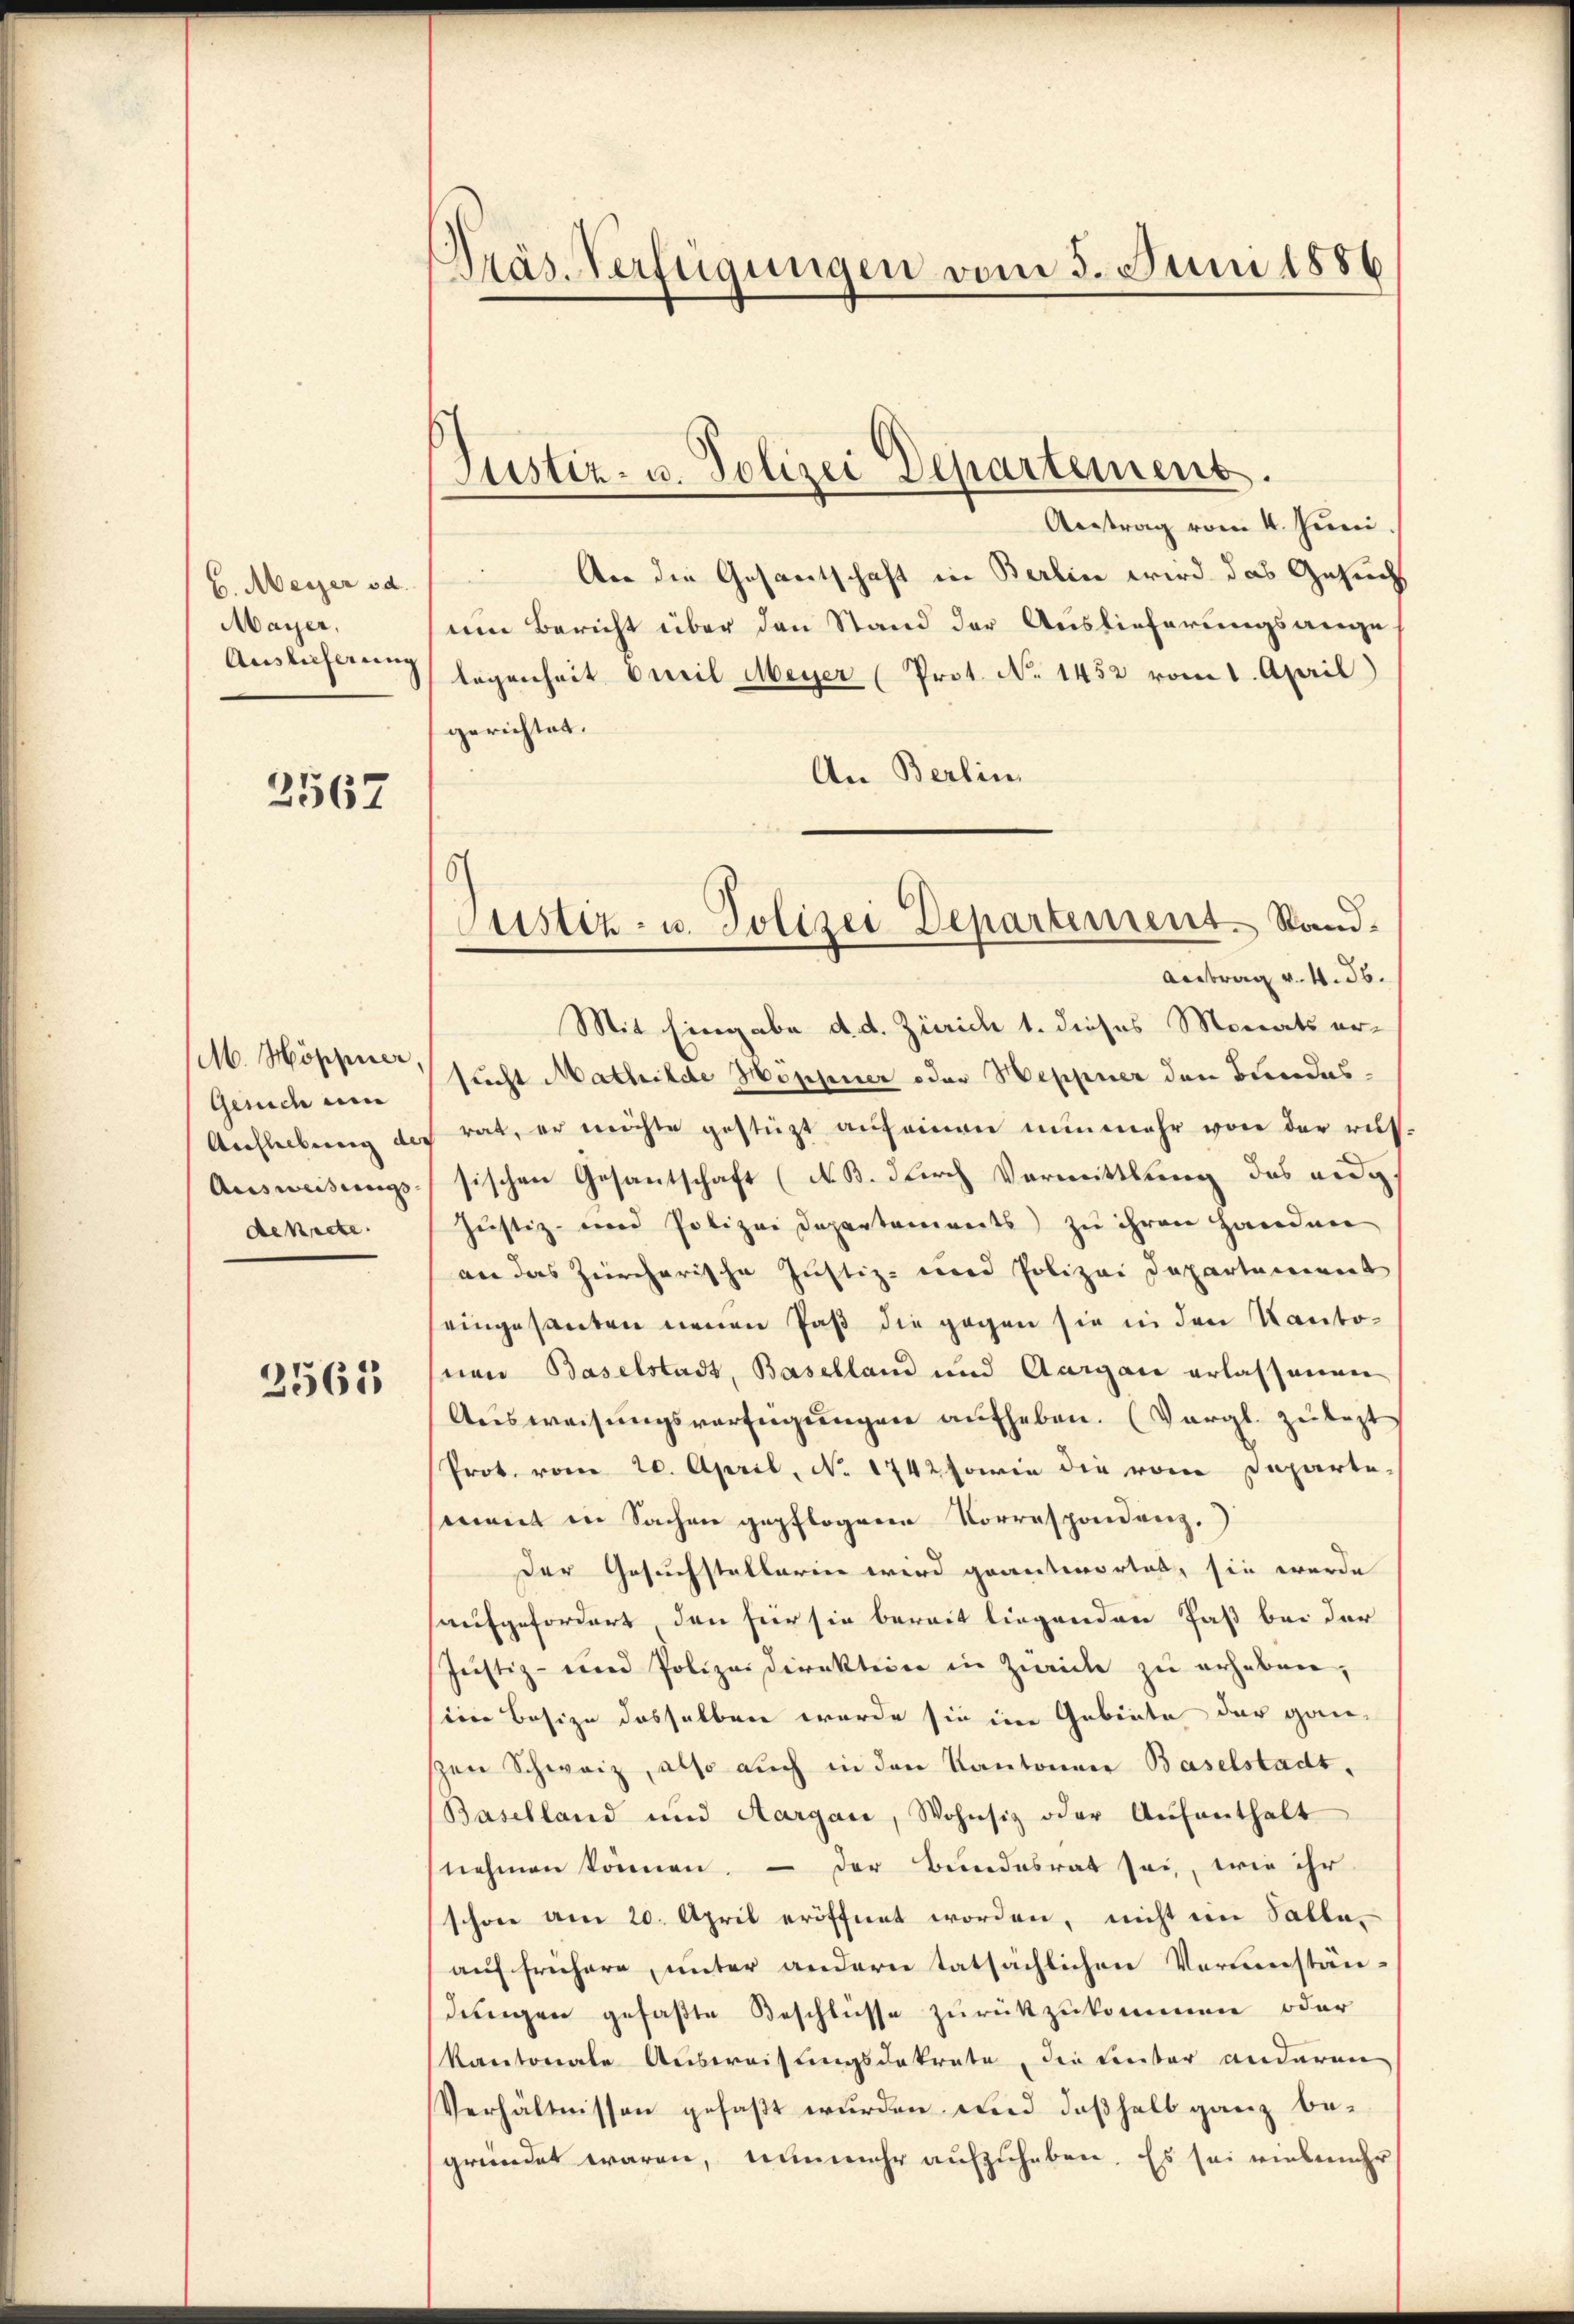
b. Meyer od.
Mayer,
Auslieferung

2567

M. Höppier
Gesuch um
Anfleibung der
Ausweisungs- |
dekrete.

2565

Präs. Verfügungen vom 3. Juni 1886

Justiz- u. Polizei Departement.

Justiz- u. Polizei Departement. Stand¬
Antrag v. 4. 36.

Antrag vom 4. Juni.
Aer die Gesantschaft in Berlin wird das Gesucht
um Bericht über den Stand der Auslieferungsange-
legenheit weil Meyer (Prot. No 1452 vom 1. April)
gerichtet.
An Berlin
Mit Eingabe d. d. Zürich 1. dieses Monats ersucht Mathilde Höppner oder Heppner den Bundesrat, er möchte gestützt aŭf einen nunmehr von der rus-
sischen Gesantschaft (N. B. durch Vormittlung des eidg.
Justiz- und Polizei Departements zu ihren Handen
an das Zürcherische Justiz- und Polizei Departement
eingesanten neuen Paß die gegen sie in den Kantonen Baselstadt, Baselland und Aargau erlassenen
Ausweisungsverfügungen aufheben. (Vergl. zulezt
Prot. vom 20. April, No 1742 sowie die vom Departement in Sachen gepflogene Korrespondenz.
Der Gesuchstellarin wird geantwortet, sie werde
aufgefordert dann hier sie bereit liegenden Faß bei der
Justiz- und Polizeidirektion in Zürich zu erheben,
sine Besize desselben wurde sie in Gebiete der gan-
zen Schweiz, also auch in den Kantonen Baselstadt,
Baselland und Aargau, Wohnsiz oder Aŭfenthalt
nehmen können. - Der Bundesrat sei, wie ihr
schon am 20. April eröffnet worden, nicht ein Salla-
auf frühere, unter andern tatsächlichen Vereinstän-
dungen gefaßte Beschlüsse zurückzukommen oder
kantonale Ausweisungsdekrate, die Linter anderen
Verhältnissen gefaßt wurden und deßhalb ganz begründet waren, nunmehr aufzuhaben. Es sei vielmehr